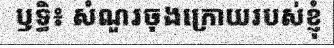
ឫទ្ធិ៖ សំណួរចុងក្រោយរបស់ខ្ញុំ